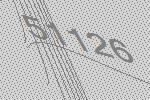
51126